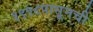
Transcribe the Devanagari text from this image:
१९९८पासूनची